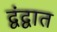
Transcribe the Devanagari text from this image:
द्वंद्वात